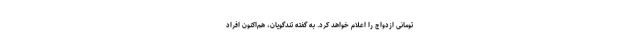
تومانی ازدواج را اعلام خواهد کرد. به گفته تندگویان، هم‌اکنون افراد